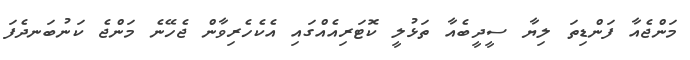
މަންޖެއާ ފަންޑިތަ ލިޔާ ސީދީބެއާ ތަޅުލީ ކޮޓަރިއެއްގައި އެކެހެރިވާން ޖެހޭނެ މަންޖެ ކަަނުބަނދެފަ